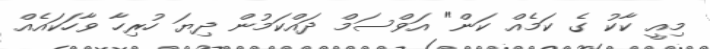
މިއީ ކާކު ގެ ކަމެއް ކަން" އަވްސަމް ދައްކަމުން ދިޔަ ހުރިހާ ވާހަކައެއް